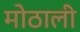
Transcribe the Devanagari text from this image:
माेठाली